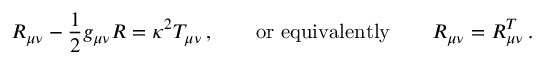
R _ { \mu \nu } - \frac { 1 } { 2 } g _ { \mu \nu } R = \kappa ^ { 2 } T _ { \mu \nu } \, , \qquad \mathrm { o r \, \, e q u i v a l e n t l y } \qquad R _ { \mu \nu } = R _ { \mu \nu } ^ { T } \, .